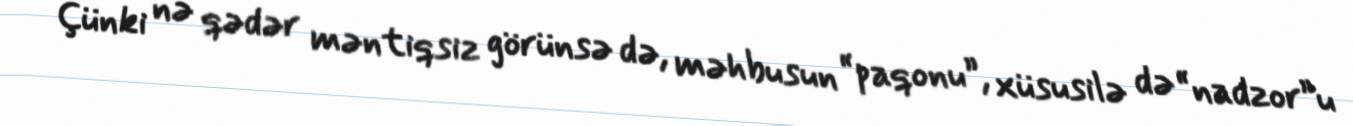
Çünki nə qədər məntiqsiz görünsə də, məhbusun “paqonu”, xüsusilə də “nadzor”u